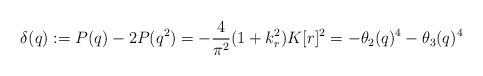
LaTeX: \begin{align*}\delta(q):=P(q)-2P(q^2)=-\frac{4}{\pi^2}(1+k_r^2)K[r]^2=-\theta_2(q)^4-\theta_3(q)^4\end{align*}